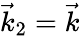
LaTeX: \vec{k}_{2}=\vec{k}